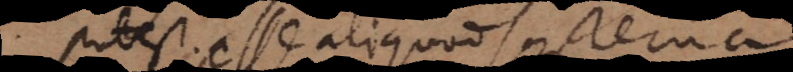
potest esse aliquod systema